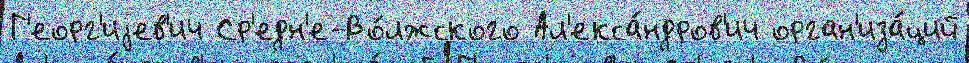
Г'еорг'иjев'ич Ср'едн'е-Во́лжского Ал'екса́ндров'ич орган'иза́ций